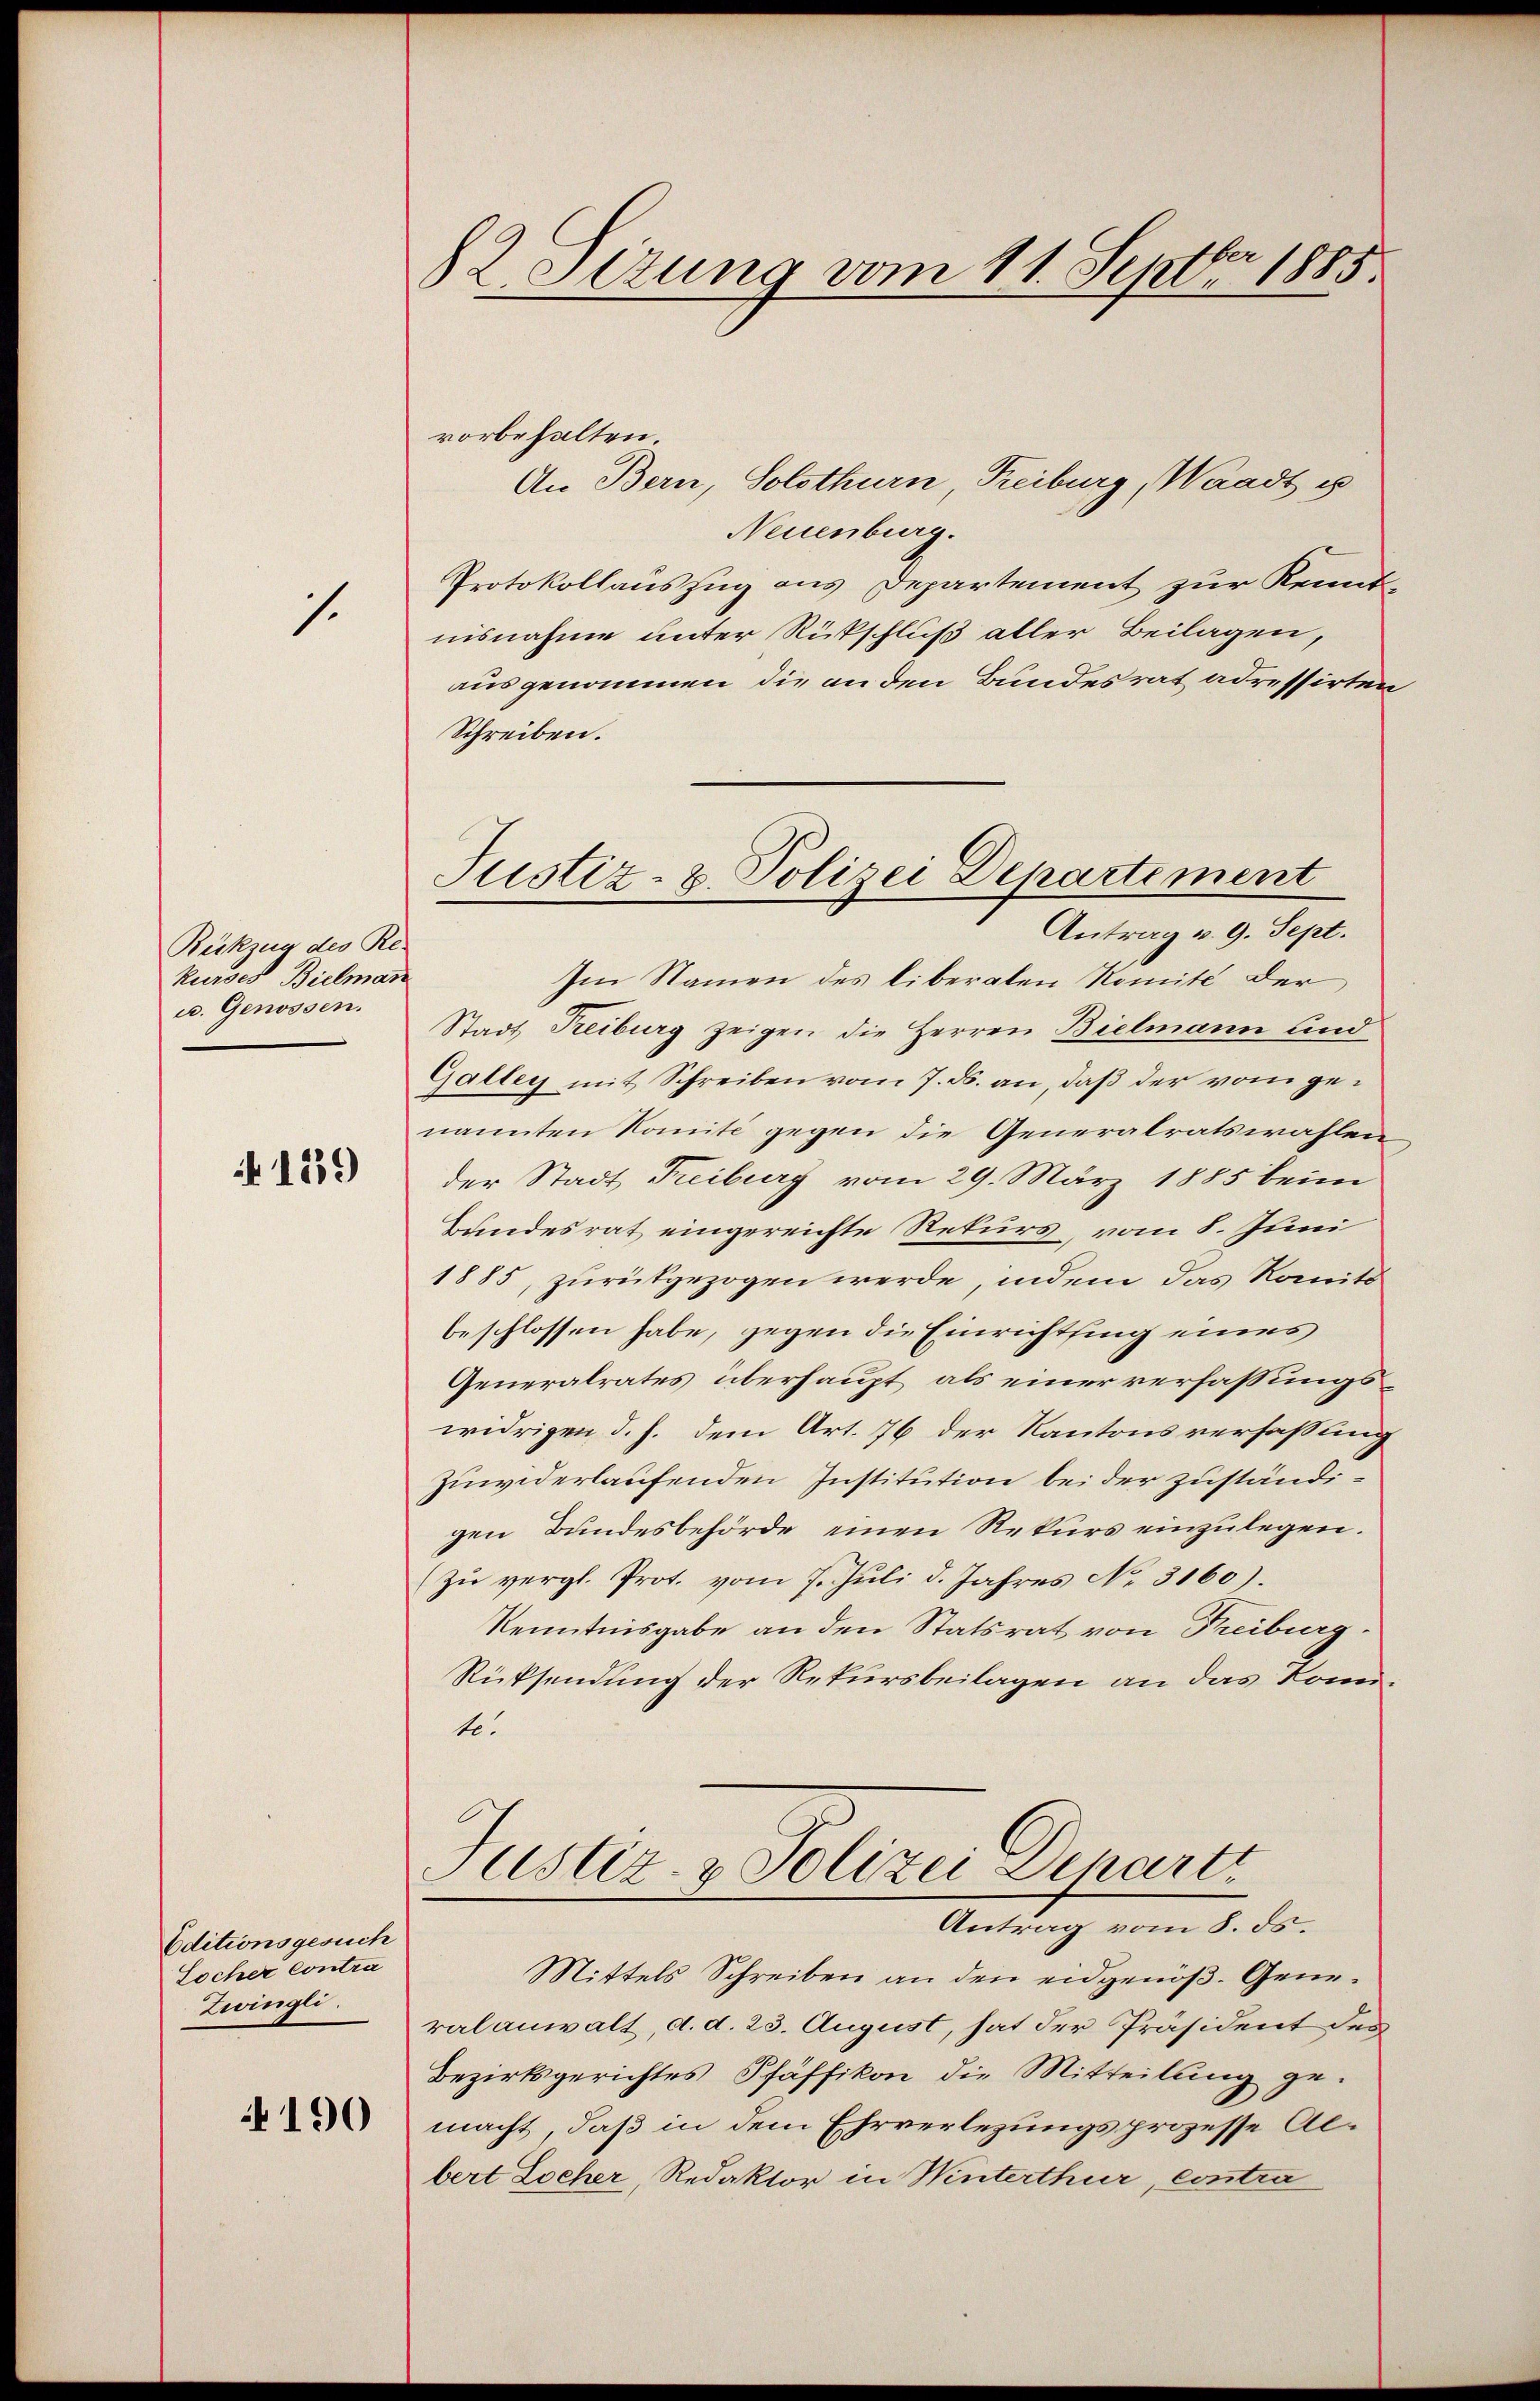
1.

Rückzug des Re-
kurses Bielman
u. Genossen.

1239)

Oditionsgesuch
Socher Contra
Zwingli

4190

2 Stzung vom 11. Septbr. 1885.

vorbehalten.
An Bern, Solothurn, Freiburg, Waadt es
Neuenburg.
Protokollauszug aus Departement zur Kenntnisnahme unter Rückschluß aller Beilagen,
ausgenommen die an den Bundesrat adressirten
Schreiben.
Im Namen des liberalen Romité der
Stadt Freiburg zeigen die Herren Bielmann und
Galley mit Schreiben vom 7. ds. an, daß der vom genannten Komité gegen die Generalratswahlen
der Stadt Freiburg vom 29. März 1885 beim
Bandesrat eingereichte Rekurs, vom 8. Juni
1885, zurückgezogen werde, indem das Komit
beschlossen habe, gegen die Einrichtsing eines
Generalrates überhaupt als einer verfassungswidrigen d. h. dem Art. 76 der Kantons verfassung
Zuwiderlaufenden Institution bei der zuständigen Bundesbehörde einen Rekurs einzulegen.
Zu vergl. Prot. vom 7. Juli d. Jahres No 3160).
Kenntnisgabe an den Statsrat von Freiburg.
Rücksendung der Rekursbeilagen an das Konte.
Justiz- & Polizei Departi
Antrag vom 8. ds.
Mittels Schreiben an den eidgenöß. Generalanwalt, d. d. 23. August, hat der Präsident des
Bezirksgerichtes Pfäffikon die Mitteilung ge-
macht, daß in dem Ehrverlegungsprozesse Albert Zoeher, Redaktor in Winterthur, contra

Justiz- & Polizei Departement
Antrag v. 9. Sept.